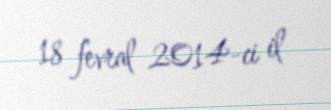
18 fevral 2014-ci il